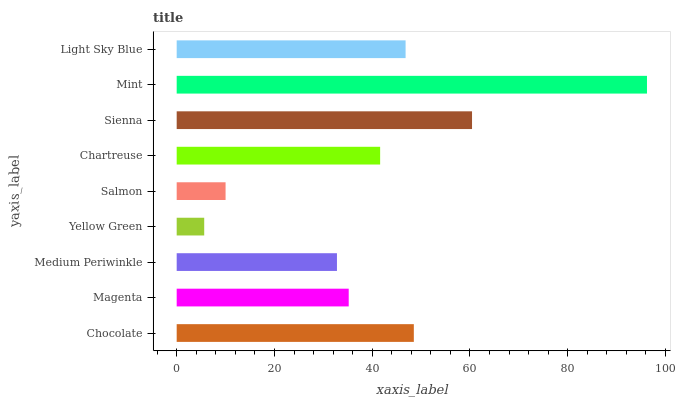
| yaxis_label | bars |
 | --- | --- |
 | Chocolate | 48.5 |
 | Magenta | 35.2 |
 | Medium Periwinkle | 32.8 |
 | Yellow Green | 5.63 |
 | Salmon | 10 |
 | Chartreuse | 41.6 |
 | Sienna | 60.4 |
 | Mint | 96.2 |
 | Light Sky Blue | 46.8 |